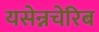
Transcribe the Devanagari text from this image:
यसेन्नचेरिब